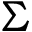
\Sigma